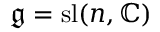
{ \mathfrak { g } } = \mathrm { s l } ( n , \mathbb { C } )